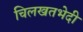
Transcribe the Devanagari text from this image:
चिलखतभेदी